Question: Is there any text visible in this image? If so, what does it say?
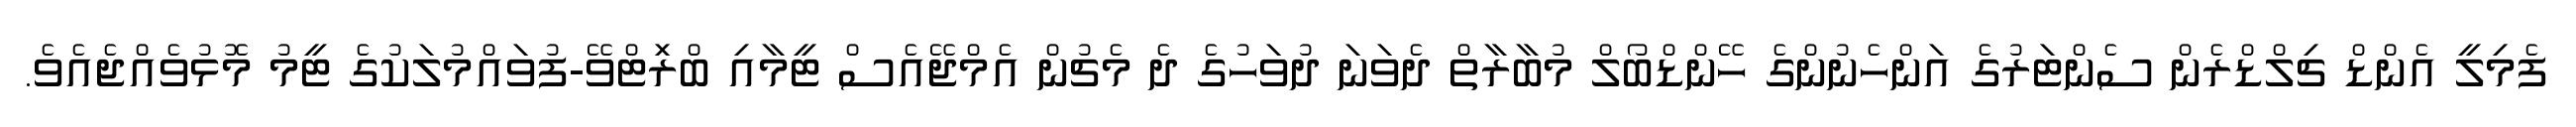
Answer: ފެމިލީ އެންޑް ޗިލްޑްރެން ސެންޓަރުގެ އަންހެނުންގެ ހޭންޑްބޯލް މުބާރާތް ދެވަނަ ދުވަހުގެ ދެ މެޗުން އެމްޖޭއެސް ޓީމާއި ބްރަިޓްވޭ-ފުވައްމުލަކުގެ ޓީމު މޮޅުވެއްޖެއެވެ.